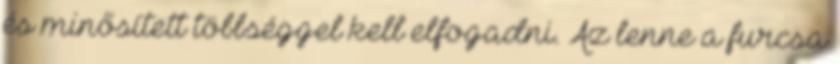
és minősített többséggel kell elfogadni. Az lenne a furcsa